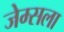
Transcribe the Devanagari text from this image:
जेम्सला